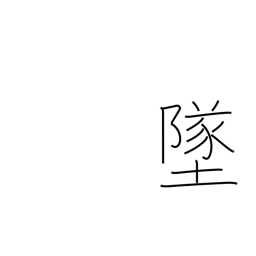
Meaning: crash